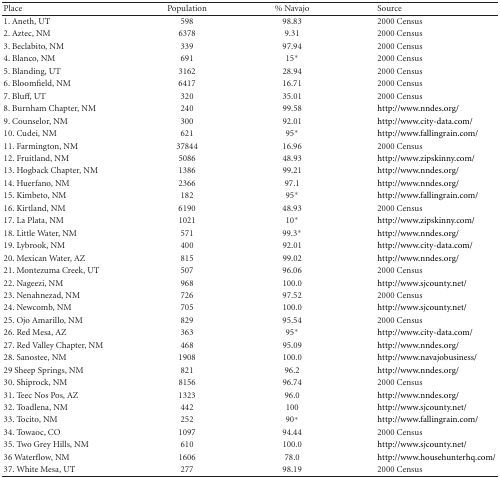
<table><thead><tr><td><b>Place</b></td><td><b>Population</b></td><td><b>% Navajo</b></td><td><b>Source</b></td></tr></thead><tbody><tr><td>1. Aneth, UT</td><td>598</td><td>98.83</td><td>2000 Census</td></tr><tr><td>2. Aztec, NM</td><td>6378</td><td>9.31</td><td>2000 Census</td></tr><tr><td>3. Beclabito, NM</td><td>339</td><td>97.94</td><td>2000 Census</td></tr><tr><td>4. Blanco, NM</td><td>691</td><td>15*</td><td>2000 Census</td></tr><tr><td>5. Blanding, UT</td><td>3162</td><td>28.94</td><td>2000 Census</td></tr><tr><td>6. Bloomfield, NM</td><td>6417</td><td>16.71</td><td>2000 Census</td></tr><tr><td>7. Bluff, UT</td><td>320</td><td>35.01</td><td>2000 Census</td></tr><tr><td>8. Burnham Chapter, NM</td><td>240</td><td>99.58</td><td>http://www.nndes.org/</td></tr><tr><td>9. Counselor, NM</td><td>300</td><td>92.01</td><td>http://www.city-data.com/</td></tr><tr><td>10. Cudei, NM</td><td>621</td><td>95*</td><td>http://www.fallingrain.com/</td></tr><tr><td>11. Farmington, NM</td><td>37844</td><td>16.96</td><td>2000 Census</td></tr><tr><td>12. Fruitland, NM</td><td>5086</td><td>48.93</td><td>http://www.zipskinny.com/</td></tr><tr><td>13. Hogback Chapter, NM</td><td>1386</td><td>99.21</td><td>http://www.nndes.org/</td></tr><tr><td>14. Huerfano, NM</td><td>2366</td><td>97.1</td><td>http://www.nndes.org/</td></tr><tr><td>15. Kimbeto, NM</td><td>182</td><td>95*</td><td>http://www.fallingrain.com/</td></tr><tr><td>16. Kirtland, NM</td><td>6190</td><td>48.93</td><td>2000 Census</td></tr><tr><td>17. La Plata, NM</td><td>1021</td><td>10*</td><td>http://www.zipskinny.com/</td></tr><tr><td>18. Little Water, NM</td><td>571</td><td>99.3*</td><td>http://www.nndes.org/</td></tr><tr><td>19. Lybrook, NM</td><td>400</td><td>92.01</td><td>http://www.city-data.com/</td></tr><tr><td>20. Mexican Water, AZ</td><td>815</td><td>99.02</td><td>http://www.nndes.org/</td></tr><tr><td>21. Montezuma Creek, UT</td><td>507</td><td>96.06</td><td>2000 Census</td></tr><tr><td>22. Nageezi, NM</td><td>968</td><td>100.0</td><td>http://www.sjcounty.net/</td></tr><tr><td>23. Nenahnezad, NM</td><td>726</td><td>97.52</td><td>2000 Census</td></tr><tr><td>24. Newcomb, NM</td><td>705</td><td>100.0</td><td>http://www.sjcounty.net/</td></tr><tr><td>25. Ojo Amarillo, NM</td><td>829</td><td>95.54</td><td>2000 Census</td></tr><tr><td>26. Red Mesa, AZ</td><td>363</td><td>95*</td><td>http://www.city-data.com/</td></tr><tr><td>27. Red Valley Chapter, NM</td><td>468</td><td>95.09</td><td>http://www.nndes.org/</td></tr><tr><td>28. Sanostee, NM</td><td>1908</td><td>100.0</td><td>http://www.navajobusiness/</td></tr><tr><td>29 Sheep Springs, NM</td><td>821</td><td>96.2</td><td>http://www.nndes.org/</td></tr><tr><td>30. Shiprock, NM</td><td>8156</td><td>96.74</td><td>2000 Census</td></tr><tr><td>31. Teec Nos Pos, AZ</td><td>1323</td><td>96.0</td><td>http://www.nndes.org/</td></tr><tr><td>32. Toadlena, NM</td><td>442</td><td>100</td><td>http://www.sjcounty.net/</td></tr><tr><td>33. Tocito, NM</td><td>252</td><td>90*</td><td>http://www.fallingrain.com/</td></tr><tr><td>34. Towaoc, CO</td><td>1097</td><td>94.44</td><td>2000 Census</td></tr><tr><td>35. Two Grey Hills, NM</td><td>610</td><td>100.0</td><td>http://www.sjcounty.net/</td></tr><tr><td>36 Waterflow, NM</td><td>1606</td><td>78.0</td><td>http://www.househunterhq.com/</td></tr><tr><td>37. White Mesa, UT</td><td>277</td><td>98.19</td><td>2000 Census</td></tr></tbody></table>